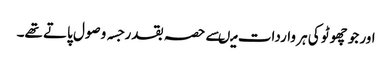
اور جو چھوٹو کی ہر واردات میںسے حصہ بقدر جسہ وصول پاتے تھے۔